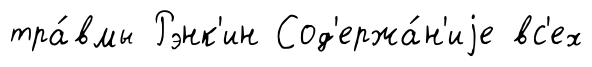
тра́вмы Рэнк'ин Сод'ержа́н'иjе вс'ех